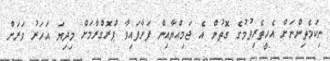
ނިކަމެތިންނަށް އެހީތެރިވުމުގެ ގޮތުން އެ ޖަމިއްޔާއިން ފަށާފައިވާ ޕްރޮގްރާމަށް މިދިޔަ އަހަރު ވަރަށް